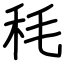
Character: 秏